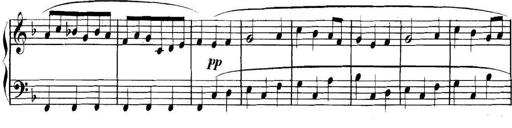
Title: Collected Piano Sonatas
Composer: Muzio Clementi